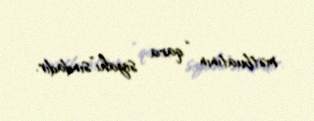
mətbuatının “qara siyahı”sındadır.